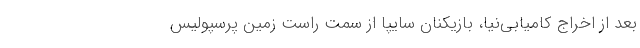
بعد از اخراج کامیابی‌نیا، بازیکنان سایپا از سمت راست زمین پرسپولیس